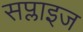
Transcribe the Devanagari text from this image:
सप्लाइज